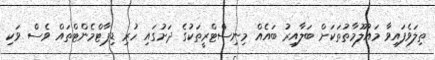
ތިލަވެފައިވާ މައުލޫމާތުތަކަށް ބަލާއިރު ބައެއް މިނިސްޓްރީތަކުގެ ދަށުގައި ހުރި ޑިޕާޓްމެންޓްތައް ވެސް ވަކި